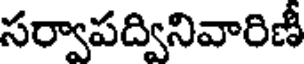
సర్వాపద్వినివారిణీ